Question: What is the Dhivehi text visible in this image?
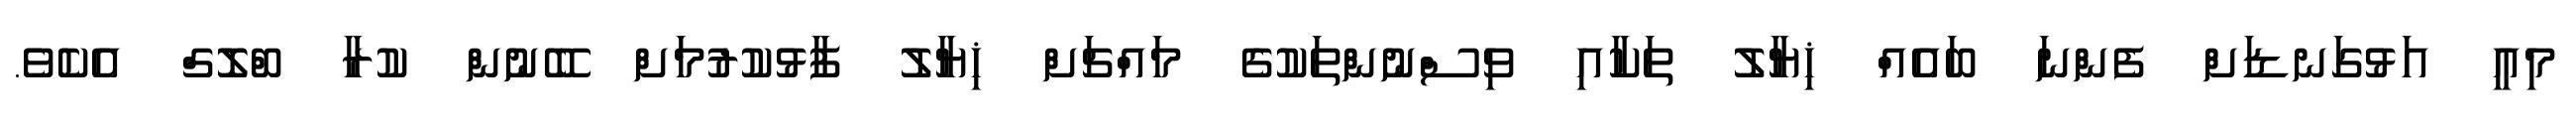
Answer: މިއީ އަޅުގަނޑަށް ފެންނަ ބައެއް ޚިޔާލު ތަކާއި ވިސްނުންތަކުގެ މައްޗަށް ޚިޔާލު ފާޅުކުރުމަށް ބޭނުން ކުރާ ބްލޮގް އެކެވެ.